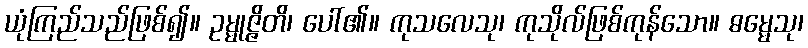
ယုံကြည်သည်ဖြစ်၍။ ဥမ္မုဇ္ဇိတိ၊ ပေါ်၏။ ကုသလေသု၊ ကုသိုလ်ဖြစ်ကုန်သော။ ဓမ္မေသု၊